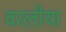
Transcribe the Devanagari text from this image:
वरलीया